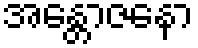
အန္တောဇနော